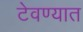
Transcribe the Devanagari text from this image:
टेवण्यात